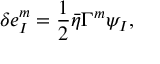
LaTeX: \delta e _ { I } ^ { m } = \frac { 1 } { 2 } \bar { \eta } \Gamma ^ { m } \psi _ { I } ,